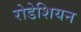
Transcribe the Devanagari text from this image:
रोडेशियन